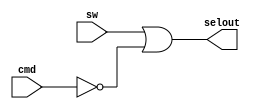
`timescale 1ns / 1ps
//////////////////////////////////////////////////////////////////////////////////
// Company: 
// Engineer: 
// 
// Design Name: 
// Module Name:    tst 
// Project Name: 
// Target Devices: 
// Tool versions: 
// Description: 
//
// Dependencies: 
//
// Revision: 
// Revision 0.01 - File Created
// Additional Comments: 
//
//////////////////////////////////////////////////////////////////////////////////
module tst(
    input sw,
    input [3:0] cmd,
    output selout
    );
// teszt s nincs mg cmd akkor a kijelzkre az A s B jelenik meg.

assign selout = (sw | (cmd == 4'b0000));
endmodule